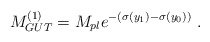
\begin{align*}M_{GUT}^{(1)} = M_{pl} e^{-(\sigma(y_1) - \sigma(y_0)) } ~.~ \,\end{align*}